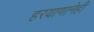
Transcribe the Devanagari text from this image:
हरयाणानेही